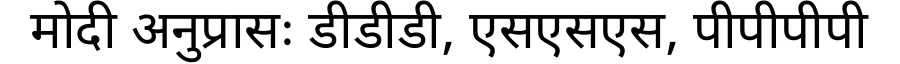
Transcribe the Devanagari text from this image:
मोदी अनुप्रासः डीडीडी, एसएसएस, पीपीपीपी